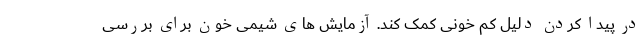
در پیدا کردن دلیل کم خونی کمک کند. آزمایش‌ های شیمی خون برای بررسی